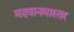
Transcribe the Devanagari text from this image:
मदवानमास्तर